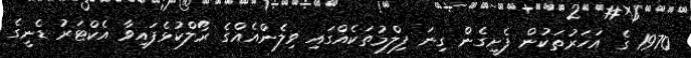
1970 ގެ އަހަރުތަކުން ފެށިގެން ގިނަ ފިލްމުތަކެއްގައި ވިލެންއެއްގެ ރޯލްކުޅެފައިވާ އެކްޓަރު ޑެނީގެ